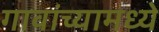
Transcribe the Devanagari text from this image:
गावांच्यामध्ये